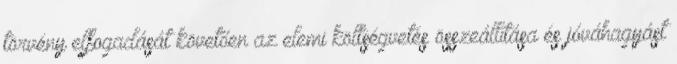
törvény elfogadását követően az elemi költségvetés összeállítása és jóváhagyást